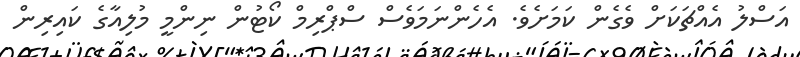
އަސްލު އެއްޗަކަށް ވެގެން ކަމަށެވެ. އެހެންނަމަވެސް ސްޕްރިމް ކޯޓުން ނިންމީ މުލިއާގެ ކައިރިން